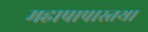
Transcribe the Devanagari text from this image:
महापापास्तथा